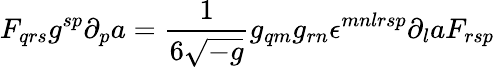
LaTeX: F_{qrs}g^{sp}\partial_{p}a={\frac{1}{6\sqrt{-g}}}g_{qm}g_{rn}\epsilon^{mnlrsp}\partial_{l}aF_{rsp}